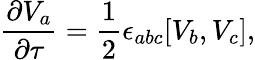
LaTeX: \frac{\partial V_{a}}{\partial\tau}=\frac 12\epsilon_{abc}[V_{b},V_{c}],